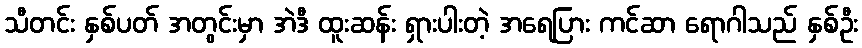
သီတင်း နှစ်ပတ် အတွင်းမှာ အဲဒီ ထူးဆန်း ရှားပါးတဲ့ အရေပြား ကင်ဆာ ရောဂါသည် နှစ်ဦး